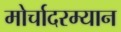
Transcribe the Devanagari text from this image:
मोर्चादरम्यान